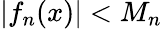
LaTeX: |f_{n}(x)|<M_{n}